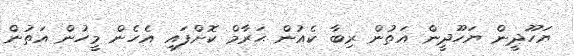
ޔަހޫދީން ޔަހޫދީން އަތުން ރިބާ ކެއުން ޙަރާމް ކޮށްފައި އެހެން މީހުން އަތުން